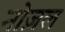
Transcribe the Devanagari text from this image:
नोज़ल